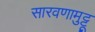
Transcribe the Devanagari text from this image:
सारवणामुट्टू